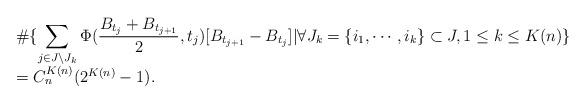
LaTeX: \begin{align*}\begin{array}{l}\displaystyle \# \{\sum_{\substack{j\in J\setminus J_{k}}} \Phi(\frac{B_{t_{j}}+B_{t_{j+1}}}{2},t_{j})[B_{t_{j+1}}-B_{t_{j}}]| \forall J_{k}=\{i_1,\cdots,i_k\}\subset J,1\leq k\leq K(n)\}\\=C_{n}^{K(n)}(2^{K(n)}-1).\end{array}\end{align*}